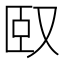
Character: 𠭃